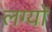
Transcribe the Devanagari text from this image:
लग्यों